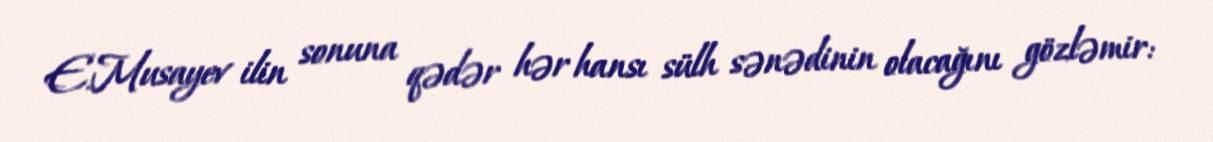
E.Musayev ilin sonuna qədər hər hansı sülh sənədinin olacağını gözləmir: